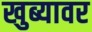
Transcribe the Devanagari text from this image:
खुब्यावर